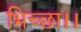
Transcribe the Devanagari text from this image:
भिच्‍छा।।